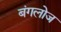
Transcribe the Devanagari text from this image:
बंगलोज